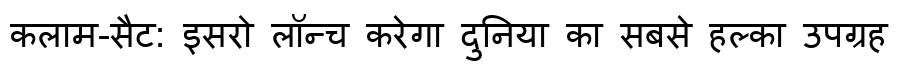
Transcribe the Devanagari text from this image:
कलाम-सैट: इसरो लॉन्च करेगा दुनिया का सबसे हल्का उपग्रह